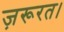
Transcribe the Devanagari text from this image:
ज़रूरत।